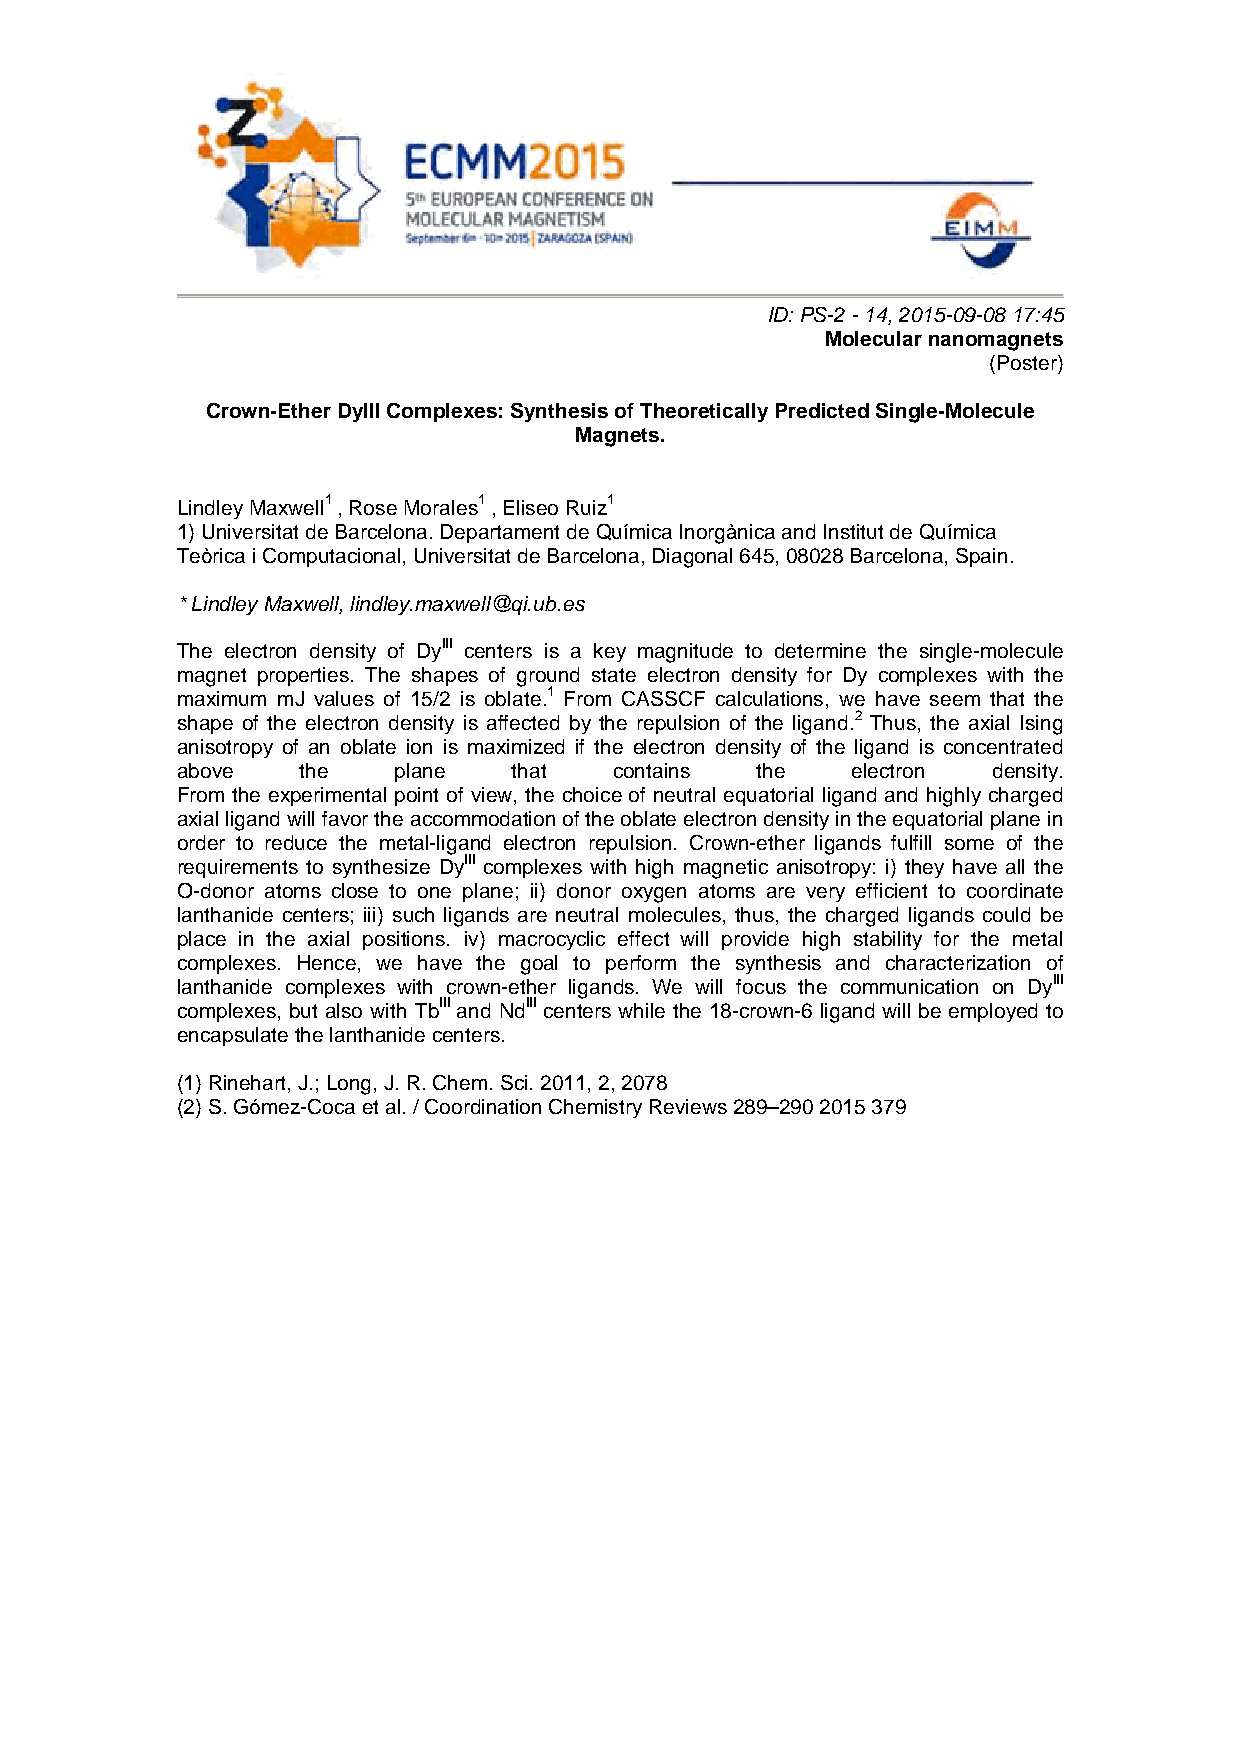
ID: PS-2 - 14, 2015-09-08 17:45
 Molecular nanomagnets
 (Poster)
 Crown-Ether DyIII Complexes: Synthesis of Theoretically Predicted Single-Molecule
 Magnets.
 Lindley Maxwell1 , Rose Morales1 , Eliseo Ruiz1
 1) Universitat de Barcelona. Departament de Química Inorgànica and Institut de Química
 Teòrica i Computacional, Universitat de Barcelona, Diagonal 645, 08028 Barcelona, Spain.
 * Lindley Maxwell, lindley.maxwell@qi.ub.es
 The electron density of DyIII centers is a key magnitude to determine the single-molecule
 magnet properties. The shapes of ground state electron density for Dy complexes with the
 maximum mJ values of 15/2 is oblate.1 From CASSCF calculations, we have seem that the
 shape of the electron density is affected by the repulsion of the ligand.2 Thus, the axial Ising
 anisotropy of an oblate ion is maximized if the electron density of the ligand is concentrated
 above   the   plane   that   contains the   electron  density.
 From the experimental point of view, the choice of neutral equatorial ligand and highly charged
 axial ligand will favor the accommodation of the oblate electron density in the equatorial plane in
 order to reduce the metal-ligand electron repulsion. Crown-ether ligands fulfill some of the
 requirements to synthesize DyIII complexes with high magnetic anisotropy: i) they have all the
 O-donor atoms close to one plane; ii) donor oxygen atoms are very efficient to coordinate
 lanthanide centers; iii) such ligands are neutral molecules, thus, the charged ligands could be
 place in the axial positions. iv) macrocyclic effect will provide high stability for the metal
 complexes. Hence, we have the goal to perform the synthesis and characterization of
 lanthanide complexes with crown-ether ligands. We will focus the communication on DyIII
 complexes, but also with TbIII and NdIII centers while the 18-crown-6 ligand will be employed to
 encapsulate the lanthanide centers.
 (1) Rinehart, J.; Long, J. R. Chem. Sci. 2011, 2, 2078
 (2) S. Gómez-Coca et al. / Coordination Chemistry Reviews 289–290 2015 379